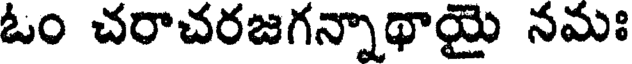
ఓం చరాచరజగన్నాథాయై నమః